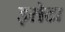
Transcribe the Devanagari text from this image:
इसेटा